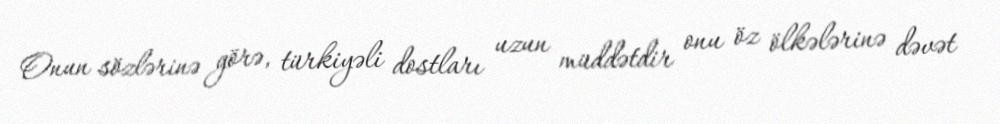
Onun sözlərinə görə, türkiyəli dostları uzun müddətdir onu öz ölkələrinə dəvət